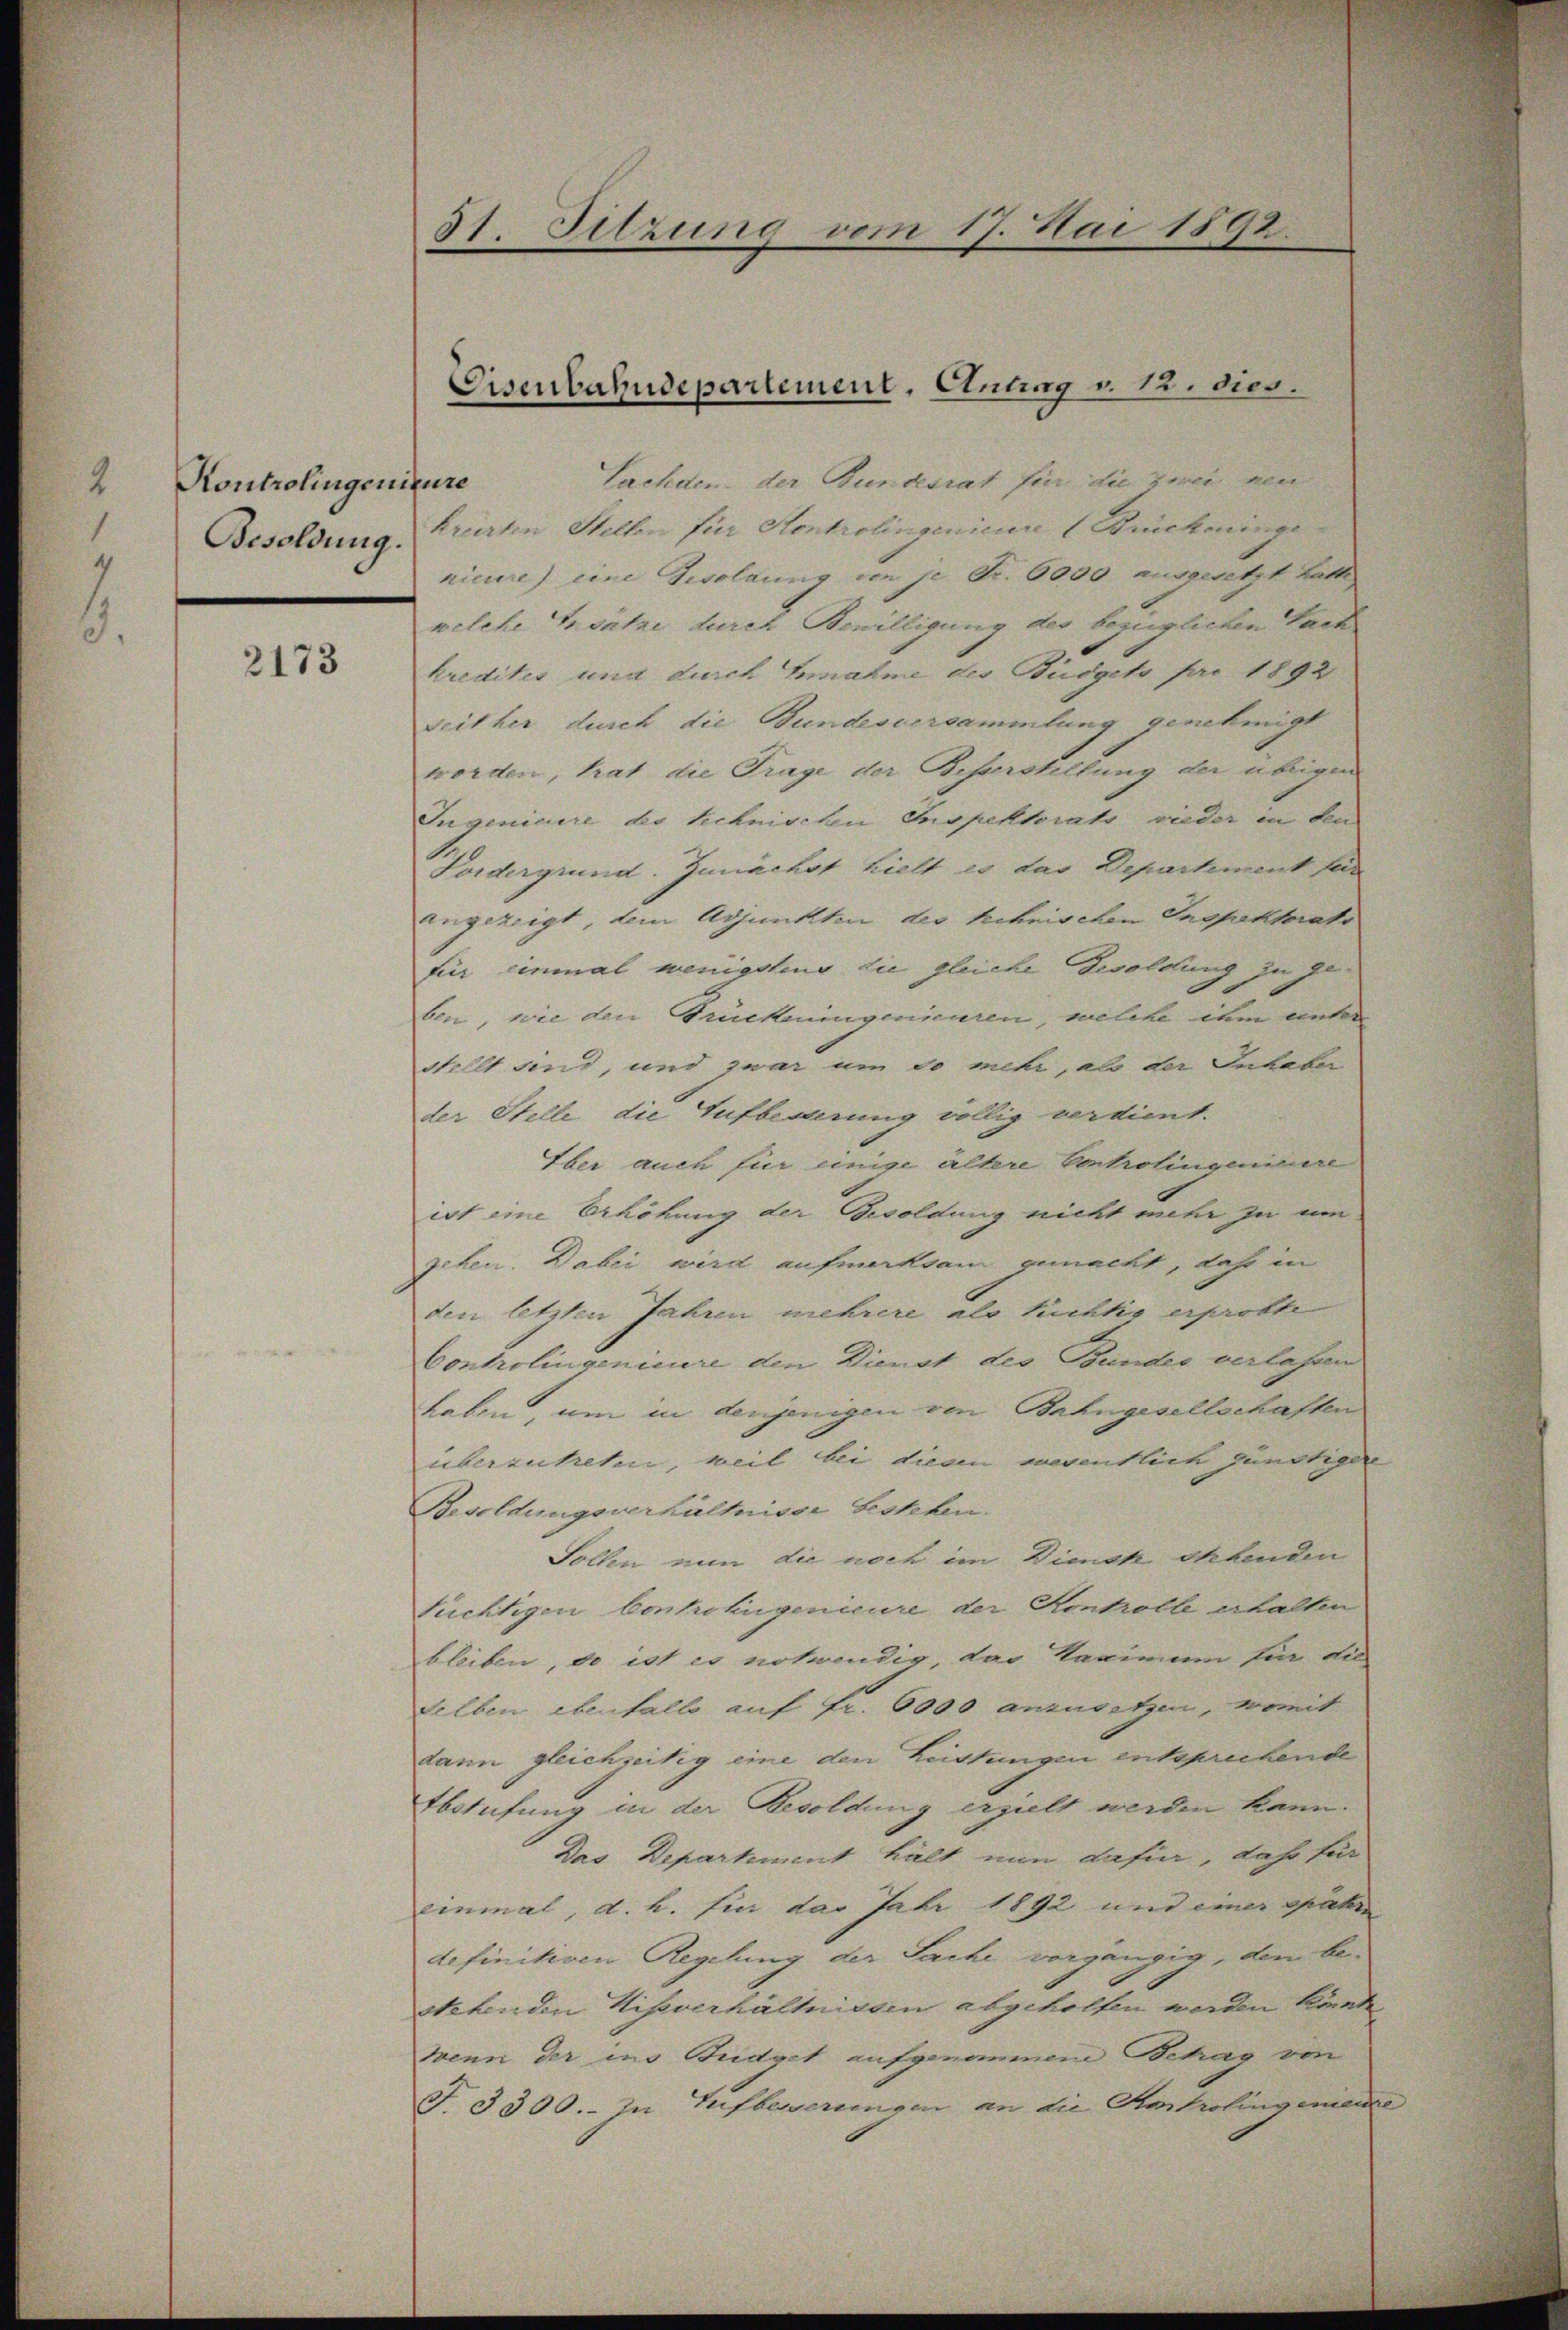
Kontrolingenieure
Besoldung.

2173

31. Sitzung vom 17. Mai 1892.

Lachden der Bundesrat für die zwei neu
Briirten Stellen für Kontrolingenieure Brückeninge
nieure) eine Gesoldung von je Fr. 6000 ausgesetzt hatte
welche Ersatze durch Bewilligung des bezüglichen Fact
kredites und durch Einnahme des Büdgets pro 1892
Seither durch die Bundesversammlung genehmigt
worden, trat die Trage der Besserstellung der übrigen
Eugeniaire des schnischen Inspektorats wieder in den
Fordergrund. Zunächst hielt es das Departement für
angezeigt, dein Adjunkten des schnischen Inspektorats
für einmal wenigstens die gleiche Besoldung zu geben, wie den Brückeningenieuren, welche ihm unter
Stellt sind, und zwar um so mehr, als der Inhabe
der Stelle die Aufbesserung völlig verdient.
Aber auch für einige ältere Controlingeniere
ist eine Erhöhung der Besoldung nicht mehr zu um
gehen. Dabei wird aufmerksam gemacht, Jahr in
den letzten Jahren mehrere als tüchtig erprobte
Controlingenieure den Dienst des Bunder verlassen
Laben, um in denjenigen von Bahngesellschaften
überzutreten, weil bei diesen wesentlich günstiger
Besoldungsverhältnisse bestehen.
Sollen nun die noch im Diensk ehebenden
Tüchtigen Conkohligenieure der Kontrolle erhalten
bleiben, do ist es notwendig, das Kaminum für die
selben ebenfalls auf Fr. 6000 anzusetzen, womit
dann gleichzeitig eine den Leistungen entsprechende
Ebstufung in der Besoldung erzielt werden kann.
Das Departement hält nun dafür, das für
einmal, d. h. für das Jahr 1892 und einer spätern
definitiven Regelung der Sache vorgängig, dem bestehenden Missverhältnissen abgeholfen werden könnte
wenn der ins Budget aufgenommene Betrag von
T. 3300.- In Aufbesserungen an die Kostrolingenienze

Eisenbahndepartement, Eintrag v. 12. dies.